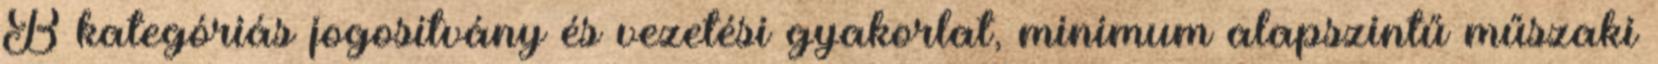
B kategóriás jogosítvány és vezetési gyakorlat, minimum alapszintű műszaki